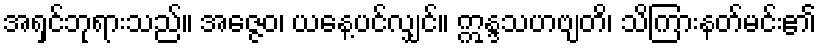
အရှင်ဘုရားသည်။ အဇ္ဇေဝ၊ ယနေ့ပင်လျှင်။ ဣန္ဒသဟဗျတိ၊ သိကြားနတ်မင်း၏